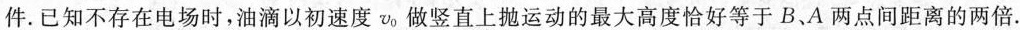
件.已知不存在电场时，油滴以初速度v_{0}做竖直上抛运动的最大高度恰好等于B、A两点间距离的两倍.